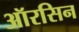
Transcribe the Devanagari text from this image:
ऑरसिन